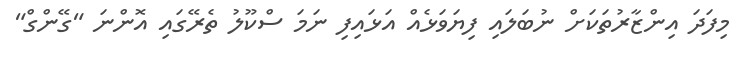
މިފަދަ އިންޒާރުތަކަށް ނުބަލައި ފިޔަވަޅެއް އަޅައިފި ނަމަ ސްކޫލު ތެރޭގައި އޮންނަ "ގޭންގް"